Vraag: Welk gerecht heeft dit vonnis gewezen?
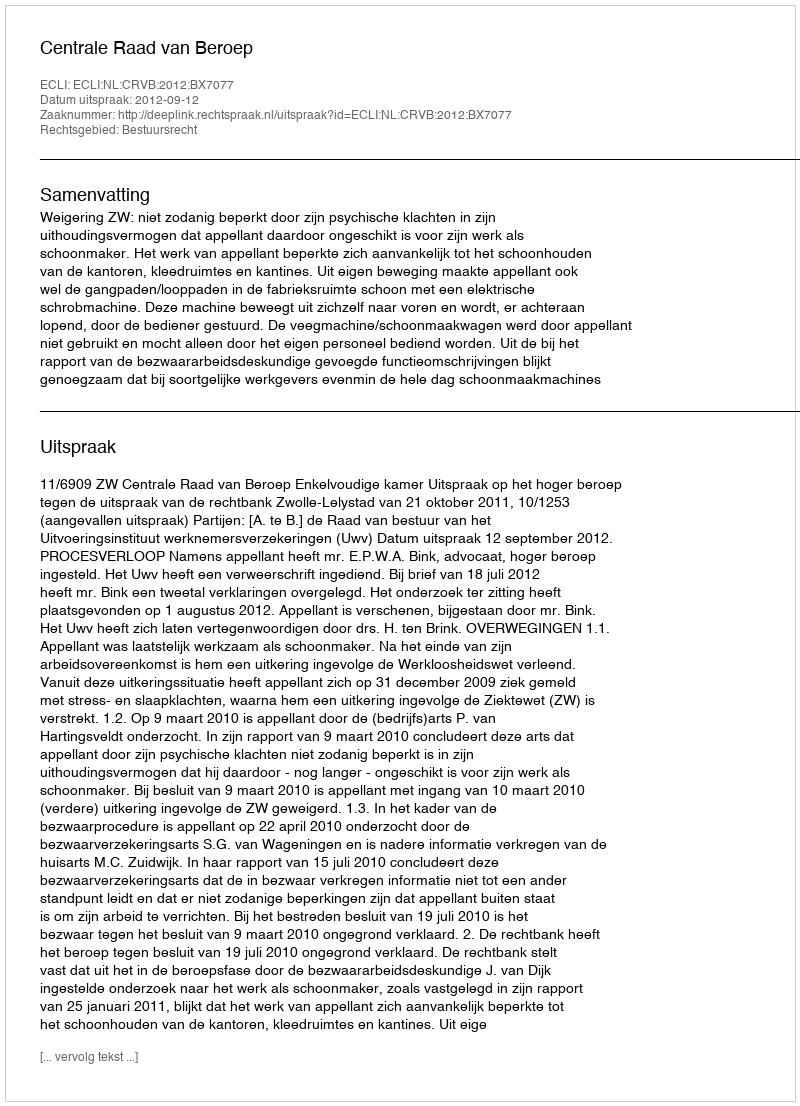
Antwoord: Centrale Raad van Beroep